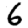
Digit: 6